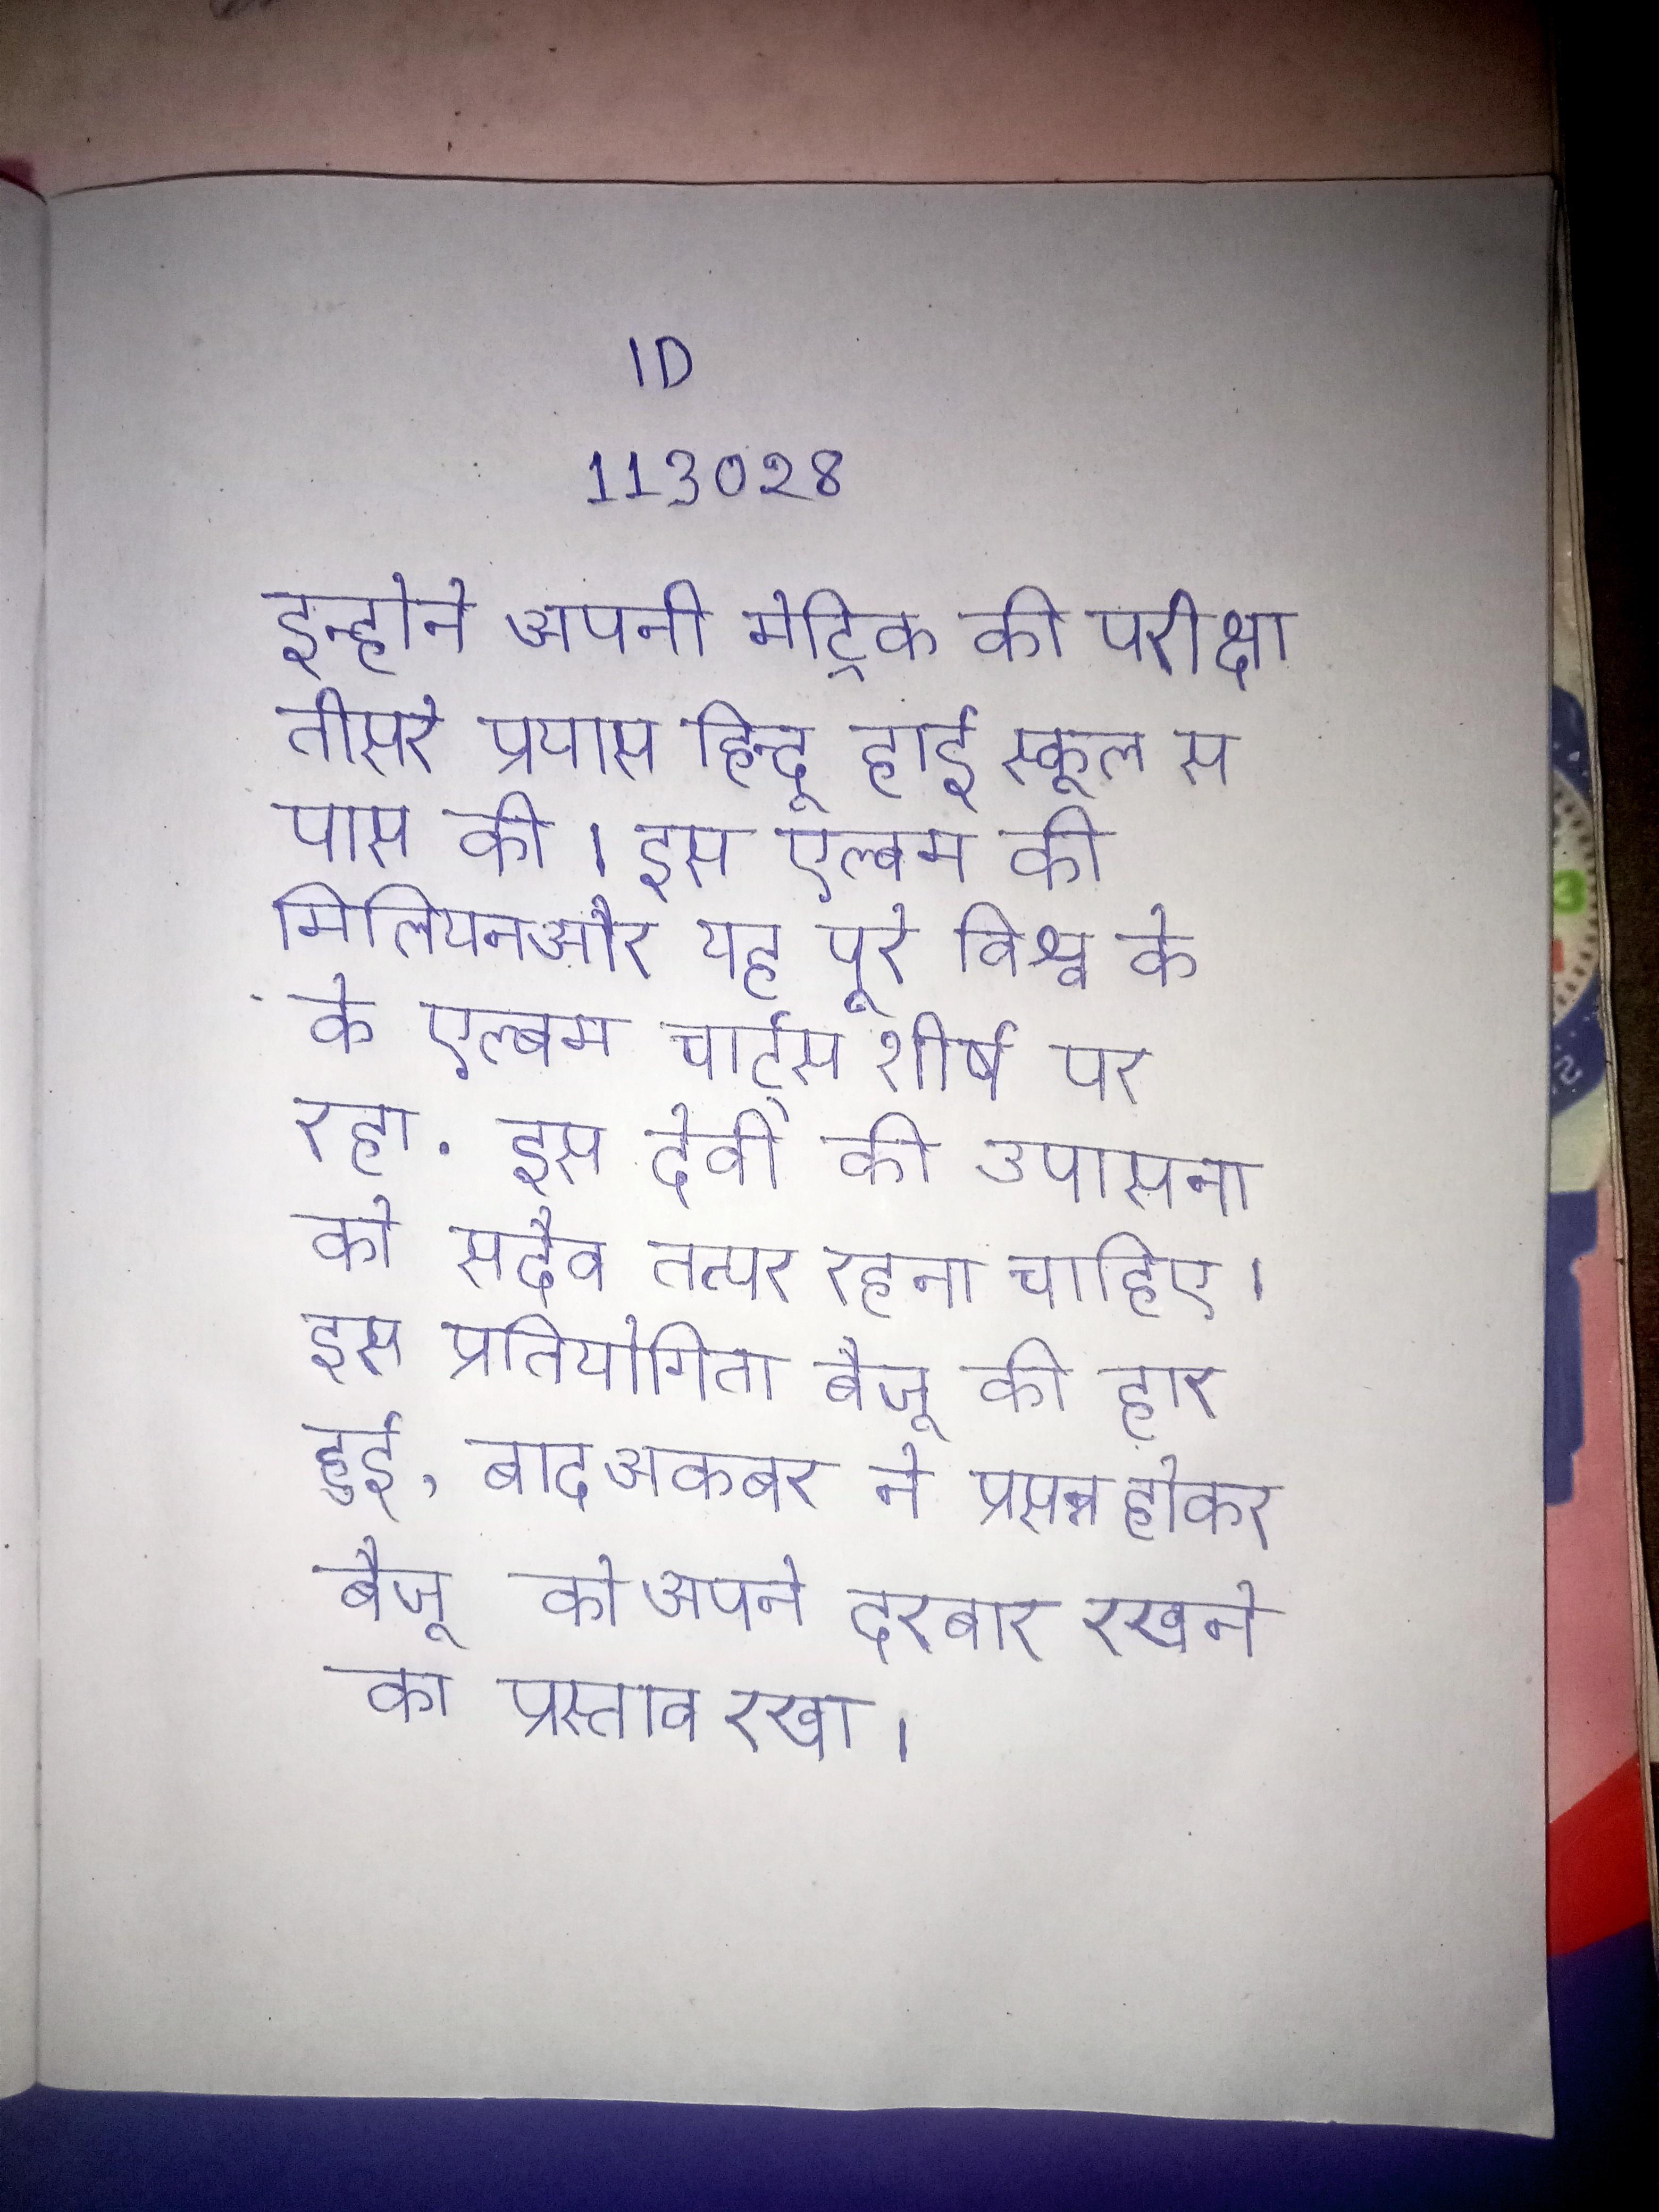
इन्होने अपनी मेट्रिक की परीक्षा तीसरे प्रयास हिन्दू हाई स्कूल से पास की । इस एल्बम की मिलियन और यह पूरे विश्व के के एल्बम चार्ट्स शीर्ष पर रहा . इस देवी की उपासना को सदैव तत्पर रहना चाहिए । इस प्रतियोगिता बैजू की हार हुई, बाद अकबर ने प्रसन्न होकर बैजू को अपने दरबार रखने का प्रस्ताव रखा ।